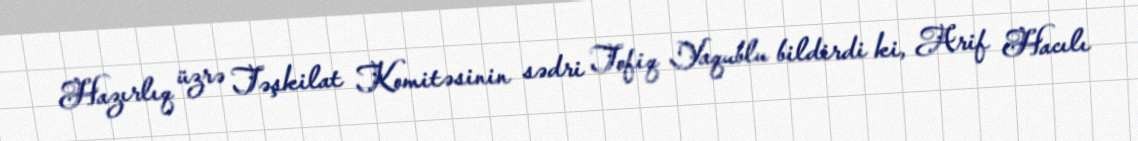
Hazırlıq üzrə Təşkilat Komitəsinin sədri Tofiq Yaqublu bildirdi ki, Arif Hacılı